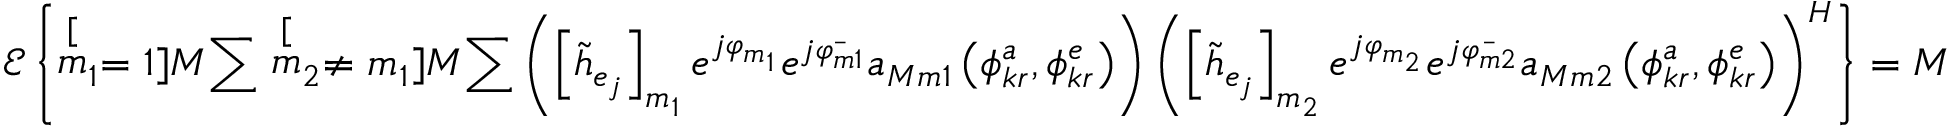
\mathscr { E } \left\{ \stackrel [ m _ { 1 } = 1 ] { M } { \sum } \stackrel [ m _ { 2 } \neq m _ { 1 } ] { M } { \sum } \left( \left[ \tilde { h } _ { e _ { j } } \right] _ { m _ { 1 } } e ^ { j \varphi _ { m _ { 1 } } } e ^ { j \bar { \varphi _ { m 1 } } } a _ { M m 1 } \left( \phi _ { k r } ^ { a } , \phi _ { k r } ^ { e } \right) \right) \left( \left[ \tilde { h } _ { e _ { j } } \right] _ { m _ { 2 } } e ^ { j \varphi _ { m _ { 2 } } } e ^ { j \bar { \varphi _ { m 2 } } } a _ { M m 2 } \left( \phi _ { k r } ^ { a } , \phi _ { k r } ^ { e } \right) \right) ^ { H } \right\} = M